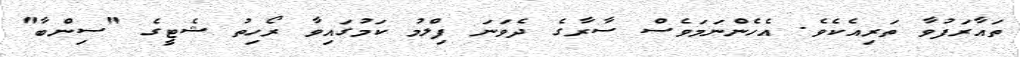
ތައާރަފުވާ ތަރިއެކެވެ. އެހެންނަމަވެސް ސާރާގެ ދެވަނަ ފިލްމު ކަމުގައިވާ ރޯހިތު ޝެޓީގެ "ސިންބާ"